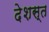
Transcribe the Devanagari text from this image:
देशस्त